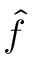
\hat { f }